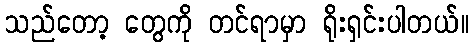
သည်တော့ တွေကို တင်ရာမှာ ရိုးရှင်းပါတယ်။